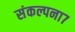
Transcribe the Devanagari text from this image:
संकल्पना७